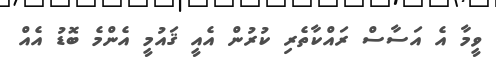
ވީމާ އެ އަސާސް ރައްކާތެރި ކުރުން އެއީ ޤައުމީ އެންމެ ބޮޑު އެއް